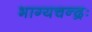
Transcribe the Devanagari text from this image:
भाग्यचन्द्रः